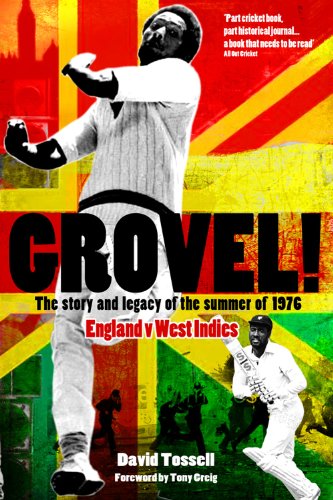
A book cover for Grovel!: The Story & Legacy of the Summer of 1976; David Tossell; Sports & Outdoors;